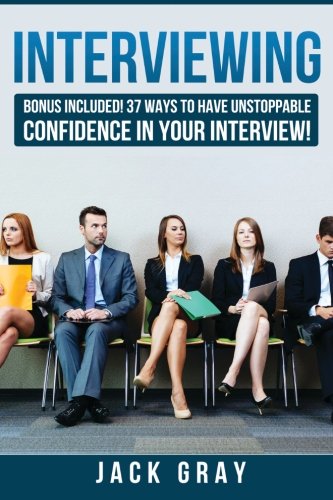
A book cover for Interviewing: BONUS INCLUDED! 37 Ways to Have Unstoppable Confidence in Your Interview! (BONUS INCLUDED! 37 Ways to Have Unstoppable Confidence in Your Interview! GET THE JOB YOU DESERVE!) (Volume 1); Jack Gray; Business & Money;